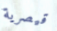
قيصرية